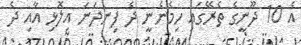
އެ 10 ދޫނީގެ ތެރޭގައި ހިމެނެނީ ދެ ފިނދަނަ އިލޮޅި އާއި ދެ